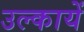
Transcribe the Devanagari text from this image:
उल्कायें